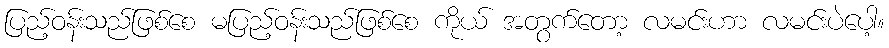
ပြည့်ဝန်းသည်ဖြစ်စေ မပြည့်ဝန်းသည်ဖြစ်စေ ကိုယ် အတွက်တော့ လမင်းဟာ လမင်းပဲပေါ့။